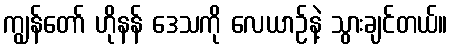
ကျွန်တော် ဟိုနန် ဒေသကို လေယာဉ်နဲ့ သွားချင်တယ်။